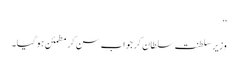
‘‘
وزیر سلطنت سلطان کر جواب سن کر مطمئن ہوگیا۔